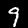
Label: 9